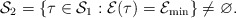
\begin{align*}\mathcal S_2 = \left \{ \tau \in \mathcal S_1 : \mathcal E(\tau) = \mathcal E_{\min} \right \} \neq \varnothing. \end{align*}